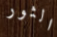
الثور